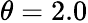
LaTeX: \theta=2.0